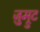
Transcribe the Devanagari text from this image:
ज़ुम्रुट